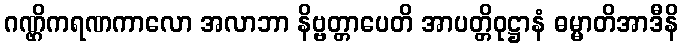
ဂဏ္ဌိကရဏကာလော အလာဘာ နိဗ္ဗတ္တာပေတိ အာပတ္တိဝုဋ္ဌာနံ ဓမ္မာတိအာဒီနိ